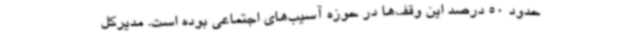
حدود 50 درصد این وقف‌ها در حوزه آسیب‌های اجتماعی بوده است. مدیرکل